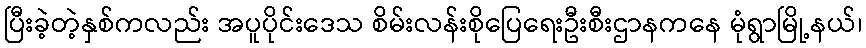
ပြီးခဲ့တဲ့နှစ်ကလည်း အပူပိုင်းဒေသ စိမ်းလန်းစိုပြေရေးဦးစီးဌာနကနေ မုံရွာမြို့နယ်၊